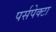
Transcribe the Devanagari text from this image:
पर्सपेक्टा